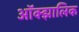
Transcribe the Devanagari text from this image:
ऑक्झालिक